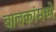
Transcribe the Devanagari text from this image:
बालकांमध्ये